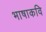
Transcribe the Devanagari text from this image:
भाषाकवि